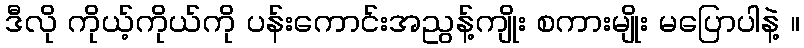
ဒီလို ကိုယ့်ကိုယ်ကို ပန်းကောင်းအညွန့်ကျိုး စကားမျိုး မပြောပါနဲ့ ။